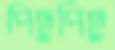
পিছুপিছু